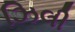
ઝિલી